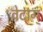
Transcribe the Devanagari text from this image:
वेदाग्